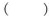
()